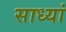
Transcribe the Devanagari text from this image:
साध्यां